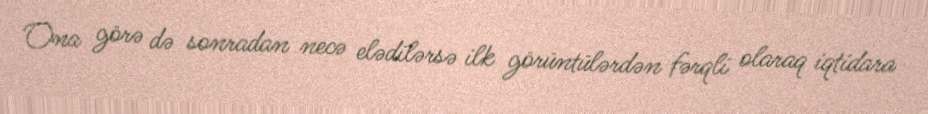
Ona görə də sonradan necə elədilərsə ilk görüntülərdən fərqli olaraq iqtidara